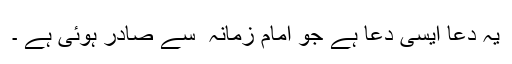
یہ دعا ایسی دعا ہے جو امام زمانہ ؑ سے صادر ہوئی ہے ۔